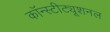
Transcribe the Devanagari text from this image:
कॉन्स्टीट्यूशनल